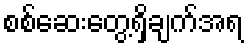
စစ်ဆေးတွေ့ရှိချက်အရ